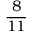
\frac { 8 } { 1 1 }